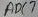
Text: ADC7